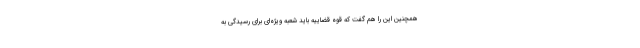
همچنین این را هم گفت که قوه قضاییه باید شعبه ویژه‌ای برای رسیدگی به